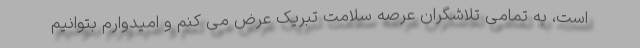
است، به تمامی تلاشگران عرصه سلامت تبریک عرض می کنم و امیدوارم بتوانیم